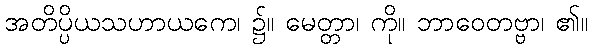
အတိပ္ပိယသဟာယကေ၊ ၌။ မေတ္တာ၊ ကို။ ဘာဝေတဗ္ဗာ၊ ၏။